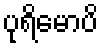
ပုရိမောပိ